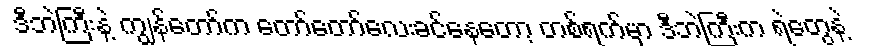
ဒီဘဲကြီးနဲ့ ကျွန်တော်က တော်တော်လေးခင်နေတော့ တစ်ရက်မှာ ဒီဘဲကြီးက ရဲတွေနဲ့